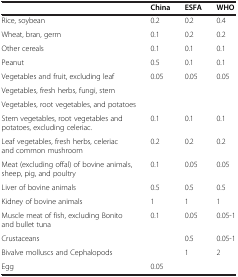
<table><thead><tr><td><b> </b></td><td><b>China</b></td><td><b>ESFA</b></td><td><b>WHO</b></td></tr></thead><tbody><tr><td>Rice, soybean</td><td>0.2</td><td>0.2</td><td>0.4</td></tr><tr><td>Wheat, bran, germ</td><td>0.1</td><td>0.2</td><td>0.2</td></tr><tr><td>Other cereals</td><td>0.1</td><td>0.1</td><td>0.1</td></tr><tr><td>Peanut</td><td>0.5</td><td>0.1</td><td>0.1</td></tr><tr><td>Vegetables and fruit, excluding leaf</td><td rowspan="3">0.05</td><td rowspan="3">0.05</td><td rowspan="3">0.05</td></tr><tr><td>Vegetables, fresh herbs, fungi, stem</td></tr><tr><td>Vegetables, root vegetables, and potatoes</td></tr><tr><td>Stem vegetables, root vegetables and potatoes, excluding celeriac.</td><td>0.1</td><td>0.1</td><td>0.1</td></tr><tr><td>Leaf vegetables, fresh herbs, celeriac and common mushroom</td><td>0.2</td><td>0.2</td><td>0.2</td></tr><tr><td>Meat (excluding offal) of bovine animals, sheep, pig, and poultry</td><td>0.1</td><td>0.05</td><td>0.05</td></tr><tr><td>Liver of bovine animals</td><td>0.5</td><td>0.5</td><td>0.5</td></tr><tr><td>Kidney of bovine animals</td><td>1</td><td>1</td><td>1</td></tr><tr><td>Muscle meat of fish, excluding Bonito and bullet tuna</td><td>0.1</td><td>0.05</td><td>0.05-1</td></tr><tr><td>Crustaceans</td><td> </td><td>0.5</td><td>0.05-1</td></tr><tr><td>Bivalve molluscs and Cephalopods</td><td> </td><td>1</td><td>2</td></tr><tr><td>Egg</td><td>0.05</td><td> </td><td> </td></tr></tbody></table>